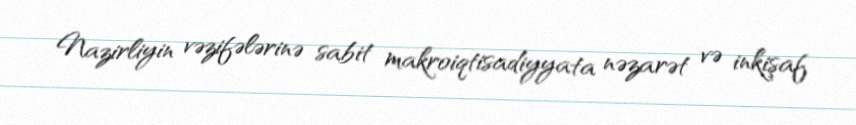
Nazirliyin vəzifələrinə sabit makroiqtisadiyyata nəzarət və inkişaf